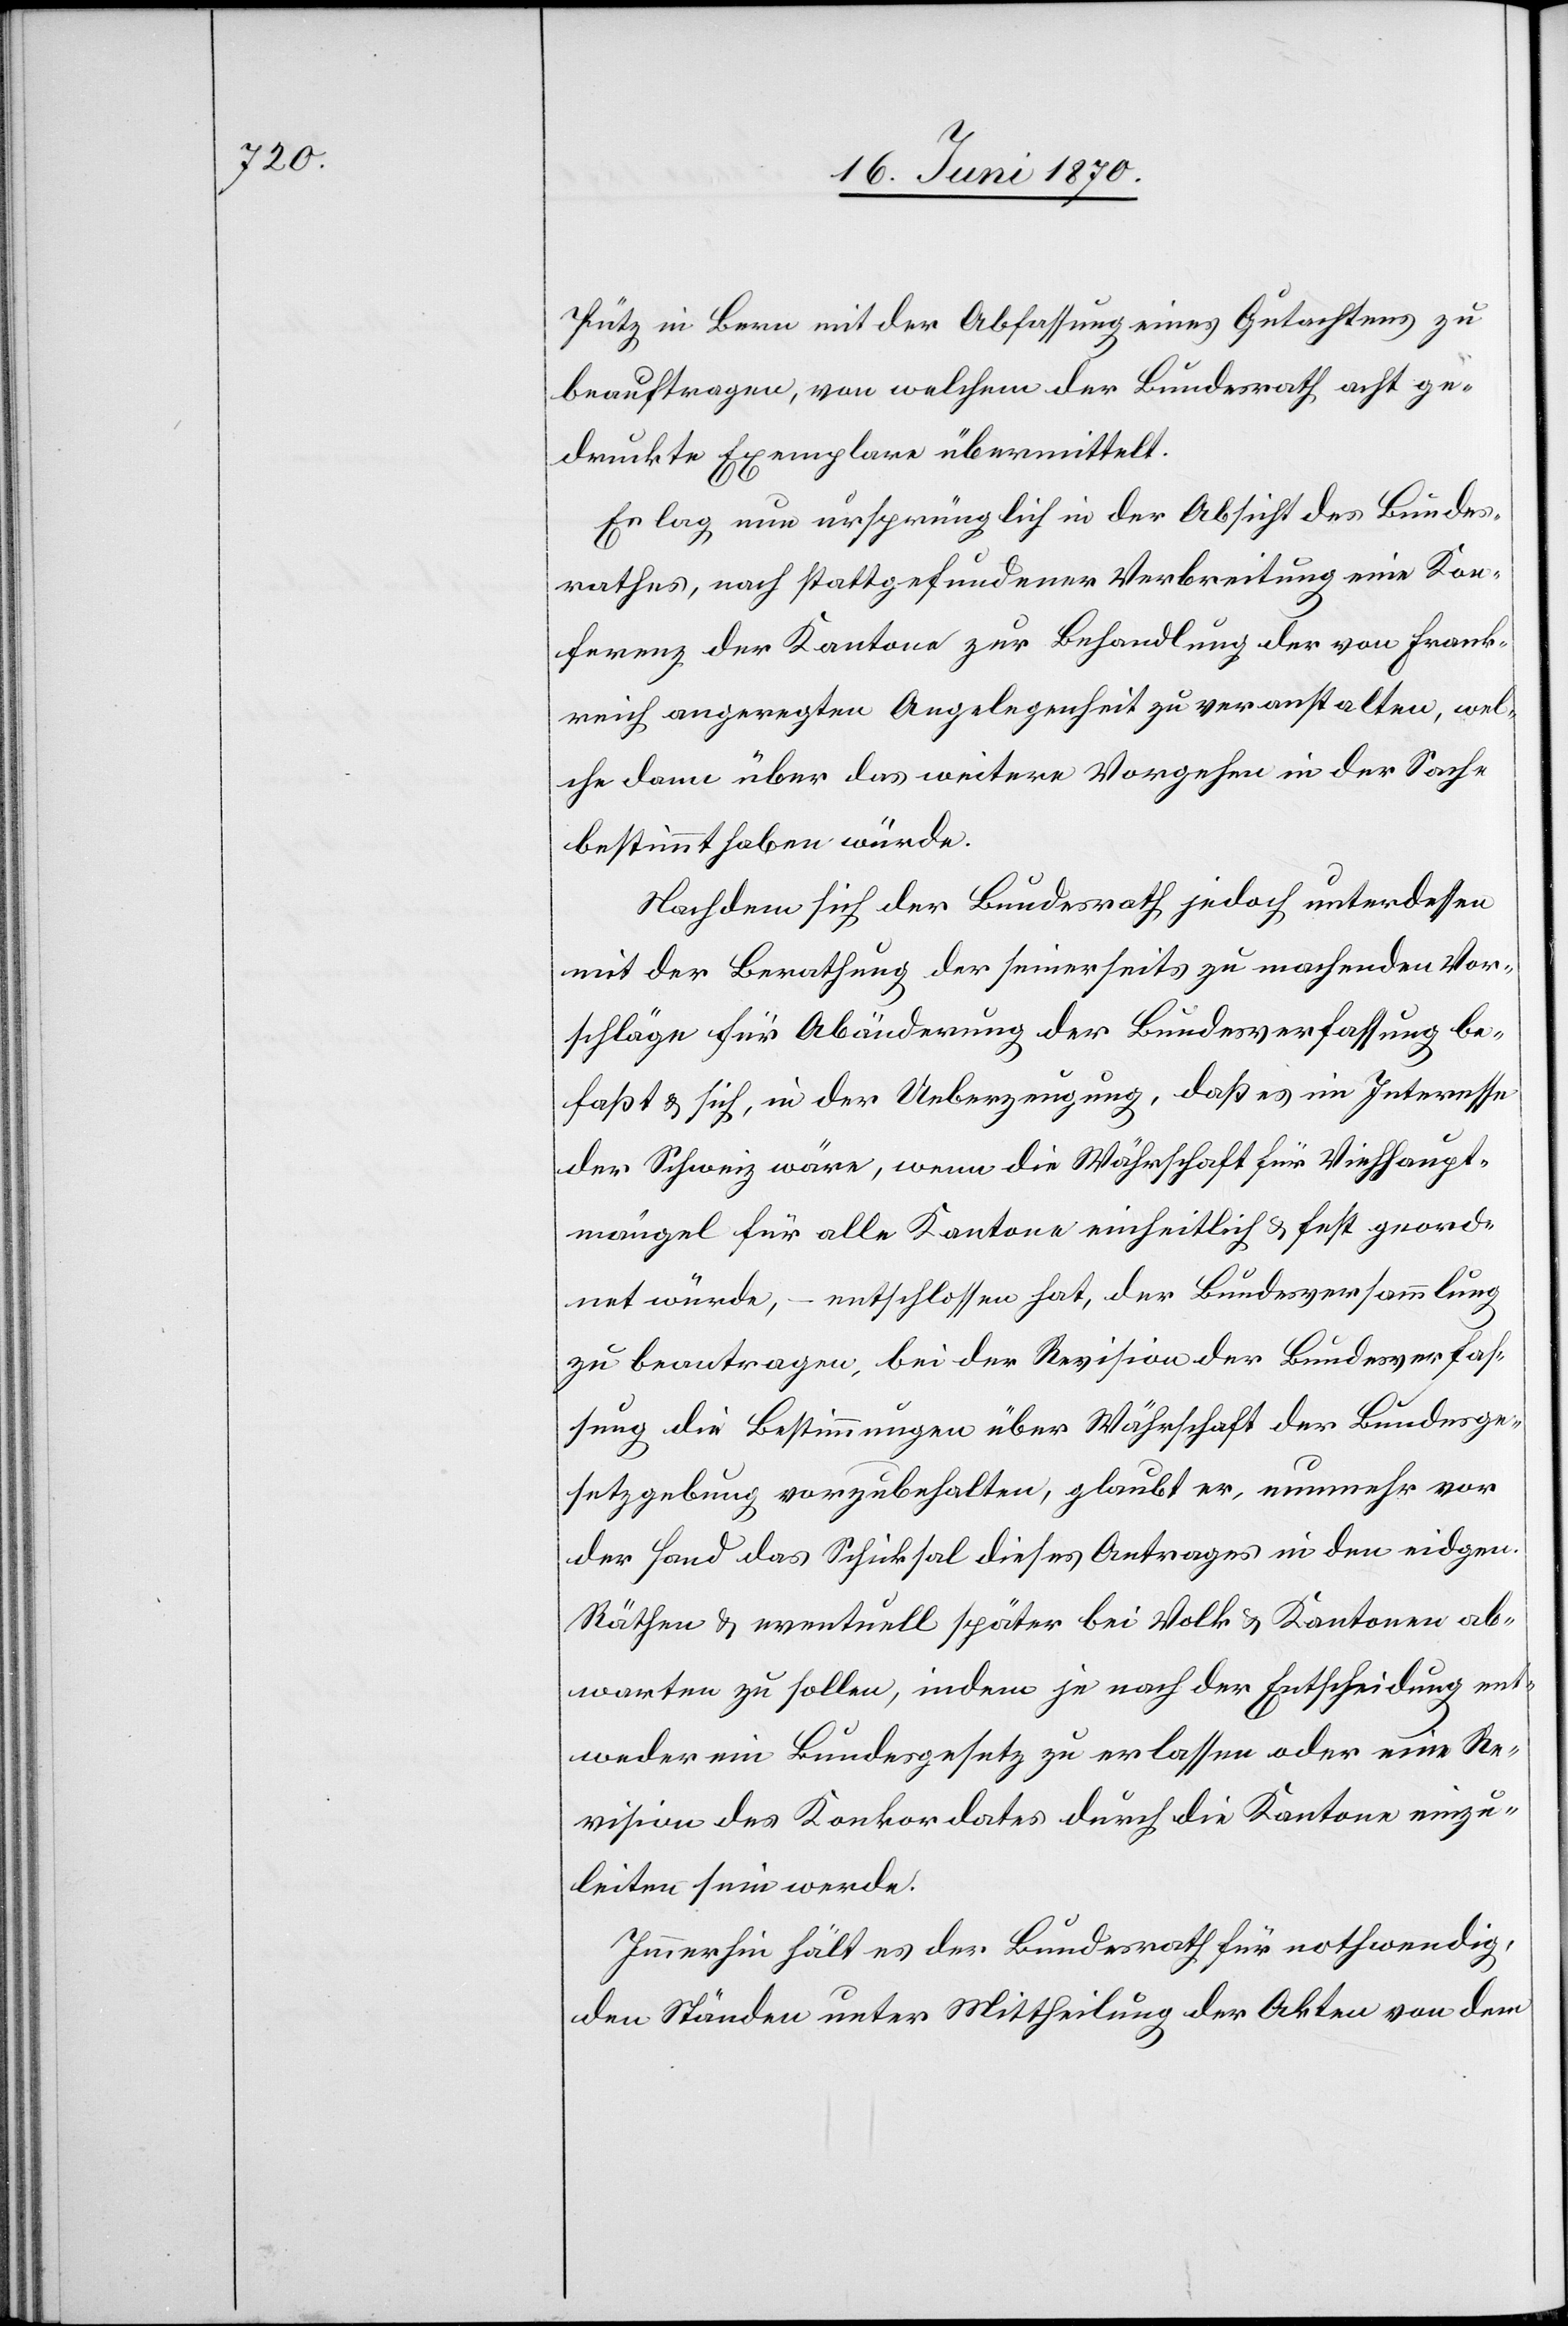
Pütz in Bern mit der Abfassung eines Gutachtens zu
beauftragen, von welchem der Bundesrath acht ge¬
druckte Exemplare übermittelt.
Es lag nun ursprünglich in der Absicht des Bundes¬
rathes, nach stattgefundener Verbreitung eine Kon¬
ferenz der Kantone zur Behandlung der von Frank¬
reich angeregten Angelegenheit zu veranstalten, wel¬
che dann über das weitere Vorgehen in der Sache
bestimmt habe würde.
Nachdem sich der Bundesrath jedoch unterdessen
mit der Berathung der seinerseits zu machenden Vor¬
schläge für Abänderung der Bundesverfassung be¬
faßt & sich, in der Ueberzeugung, daß es im Interesse
der Schweiz wäre, wenn die Währschaft für Viehhaupt¬
mängel für alle Kantone einheitlich & fest geord¬
net würde, – entschlossen hat, der Bundesversammlung
zu beantragen, bei der Revision der Bundesverfas¬
sung die Bestimmungen über Währschaft der Bundesge¬
setzgebung vorzubehalten, glaubt er, nunmehr vor
der Hand das Schicksal dieses Antrages in den eidgen.
Räthen & eventuell später bei Volk & Kantonen ab¬
warten zu sollen, indem je nach der Entscheidung ent¬
weder ein Bundesgesetz zu erlassen oder eine Re¬
vision des Konkordates durch die Kantone einzu¬
leiten sein werde.
Immerhin hält es der Bundesrath für nothwendig,
den Ständen unter Mittheilung der Akten von dem